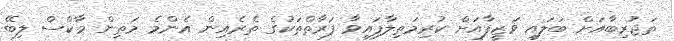
ތަޖުރިބާއަށް ބަލައި ވަޒީފާއަށް ކުރިމަތިލާފައިވާ ފަރާތްތަކުގެ ތެރެއިން އެންމެ މަތިން މާކްސް ލިބޭ